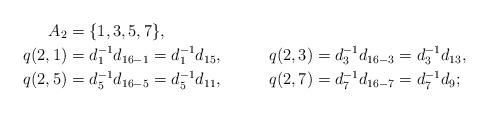
LaTeX: \begin{align*}A_2&=\{1,3,5,7\},\\q(2,1)&=d_1^{-1}d_{16-1}=d_1^{-1}d_{15},& q(2,3)&=d_3^{-1}d_{16-3}=d_3^{-1}d_{13},\\q(2,5)&=d_5^{-1}d_{16-5}=d_5^{-1}d_{11},& q(2,7)&=d_7^{-1}d_{16-7}=d_7^{-1}d_9;\\\end{align*}